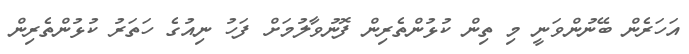
އަހަރެން ބޭނުންވަނީ މި ތިން ކުޅުންތެރިން ފޮނުވާލުމަށް ފަހު ނިއުގެ ހަތަރު ކުޅުންތެރިން